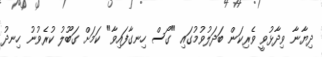
ދިޔާނާ ވިދާޅުވީ ވެރިކަން ބަދަލުވުމުގައި "ގޯސް ހިނގާފައިވާ" ކަމަށް ގަބޫލު ކުރެވުނު ހިނދު